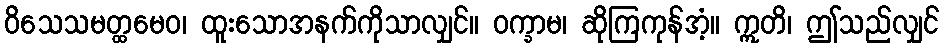
ဝိသေသမတ္ထမေဝ၊ ထူးသောအနက်ကိုသာလျှင်။ ဝက္ခာမ၊ ဆိုကြကုန်အံ့။ ဣတိ၊ ဤသည်လျှင်